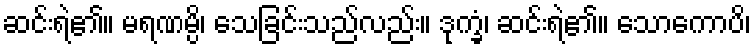
ဆင်းရဲ၏။ မရဏမ္ပိ၊ သေခြင်းသည်လည်း။ ဒုက္ခံ၊ ဆင်းရဲ၏။ သောကောပိ၊